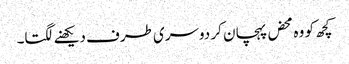
کچھ کو وہ محض پہچان کر دوسری طرف دیکھنے لگتا۔